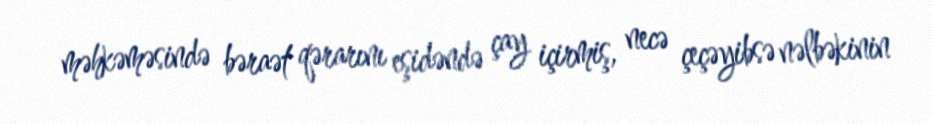
məhkəməsində bəraət qərarını eşidəndə çay içirmiş, necə çeçəyibsə nəlbəkinin